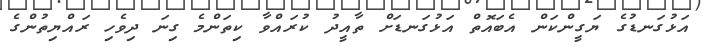
އަޅުގަނޑުގެ ޔަގީންކަން އެބައޮތް އަޅުގަނޑަށް ތާއީދު ކުރައްވާ ކިތަންމެ ގިނަ ދިވެހި ރައްޔިތުންގެ